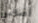
أضافي